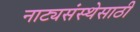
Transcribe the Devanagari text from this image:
नाट्यसंस्थेसाठी